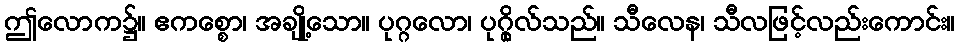
ဤလောက၌။ ဧကစ္စော၊ အချို့သော။ ပုဂ္ဂလော၊ ပုဂ္ဂိုလ်သည်။ သီလေန၊ သီလဖြင့်လည်းကောင်း။